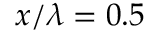
x / \lambda = 0 . 5